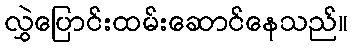
လွှဲပြောင်းထမ်းဆောင်နေသည်။